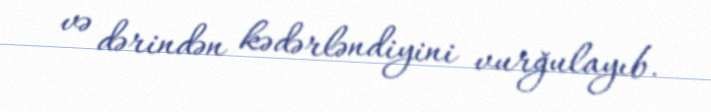
və dərindən kədərləndiyini vurğulayıb.